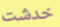
خدشت